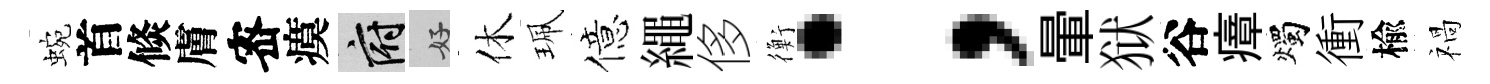
蜿首倐膚宻瘼府好休珮億繩侈衡；暈狱谷瘴燭衝楡禍